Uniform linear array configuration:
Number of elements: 4
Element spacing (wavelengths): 0.5
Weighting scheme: hamming
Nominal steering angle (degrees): -30
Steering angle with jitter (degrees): -29.316
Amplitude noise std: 0.05
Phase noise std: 0.05

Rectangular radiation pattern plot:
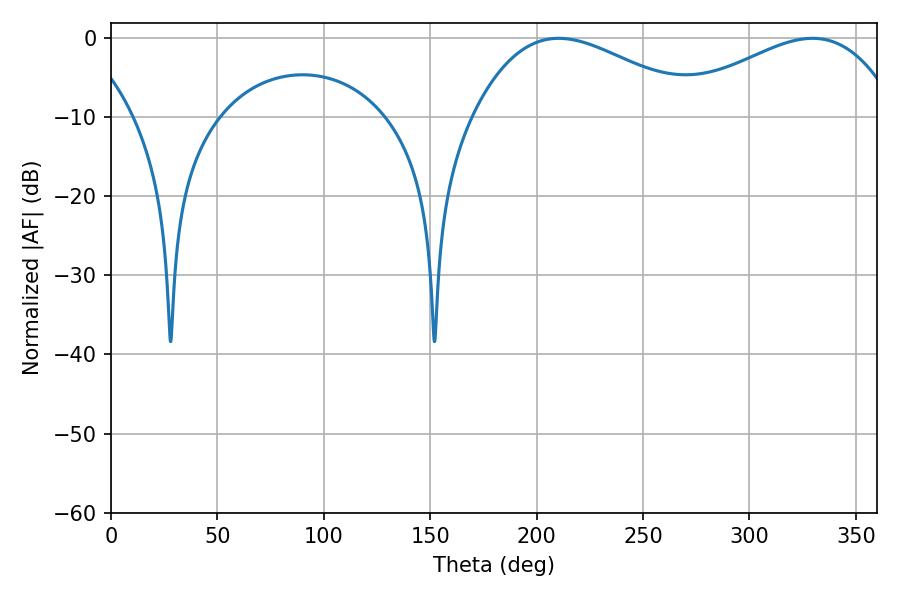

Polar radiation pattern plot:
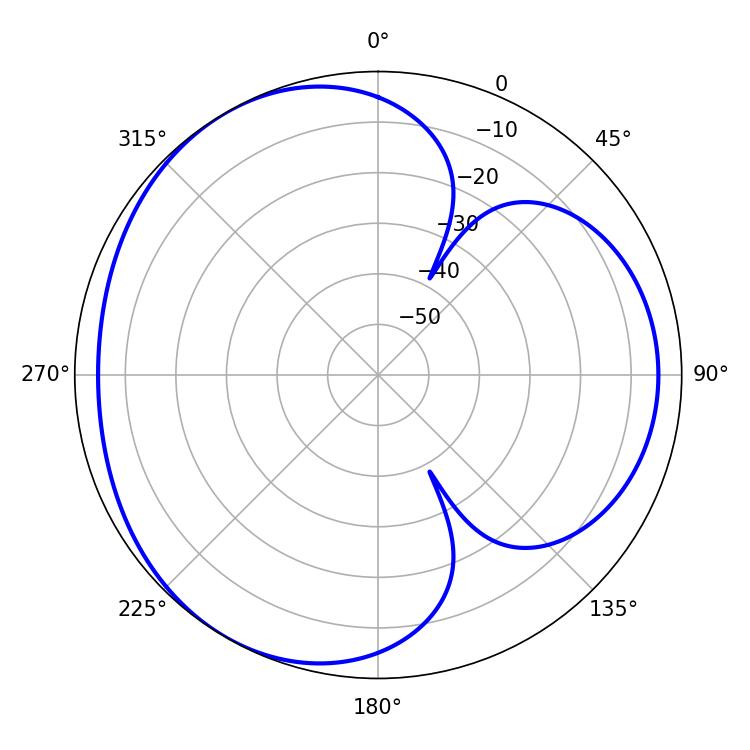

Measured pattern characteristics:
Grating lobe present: FALSE
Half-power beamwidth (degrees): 58.14
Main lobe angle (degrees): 210.42